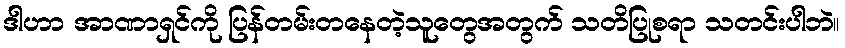
ဒါဟာ အာဏာရှင်ကို ပြန်တမ်းတနေတဲ့သူတွေအတွက် သတိပြုစရာ သတင်းပါဘဲ။